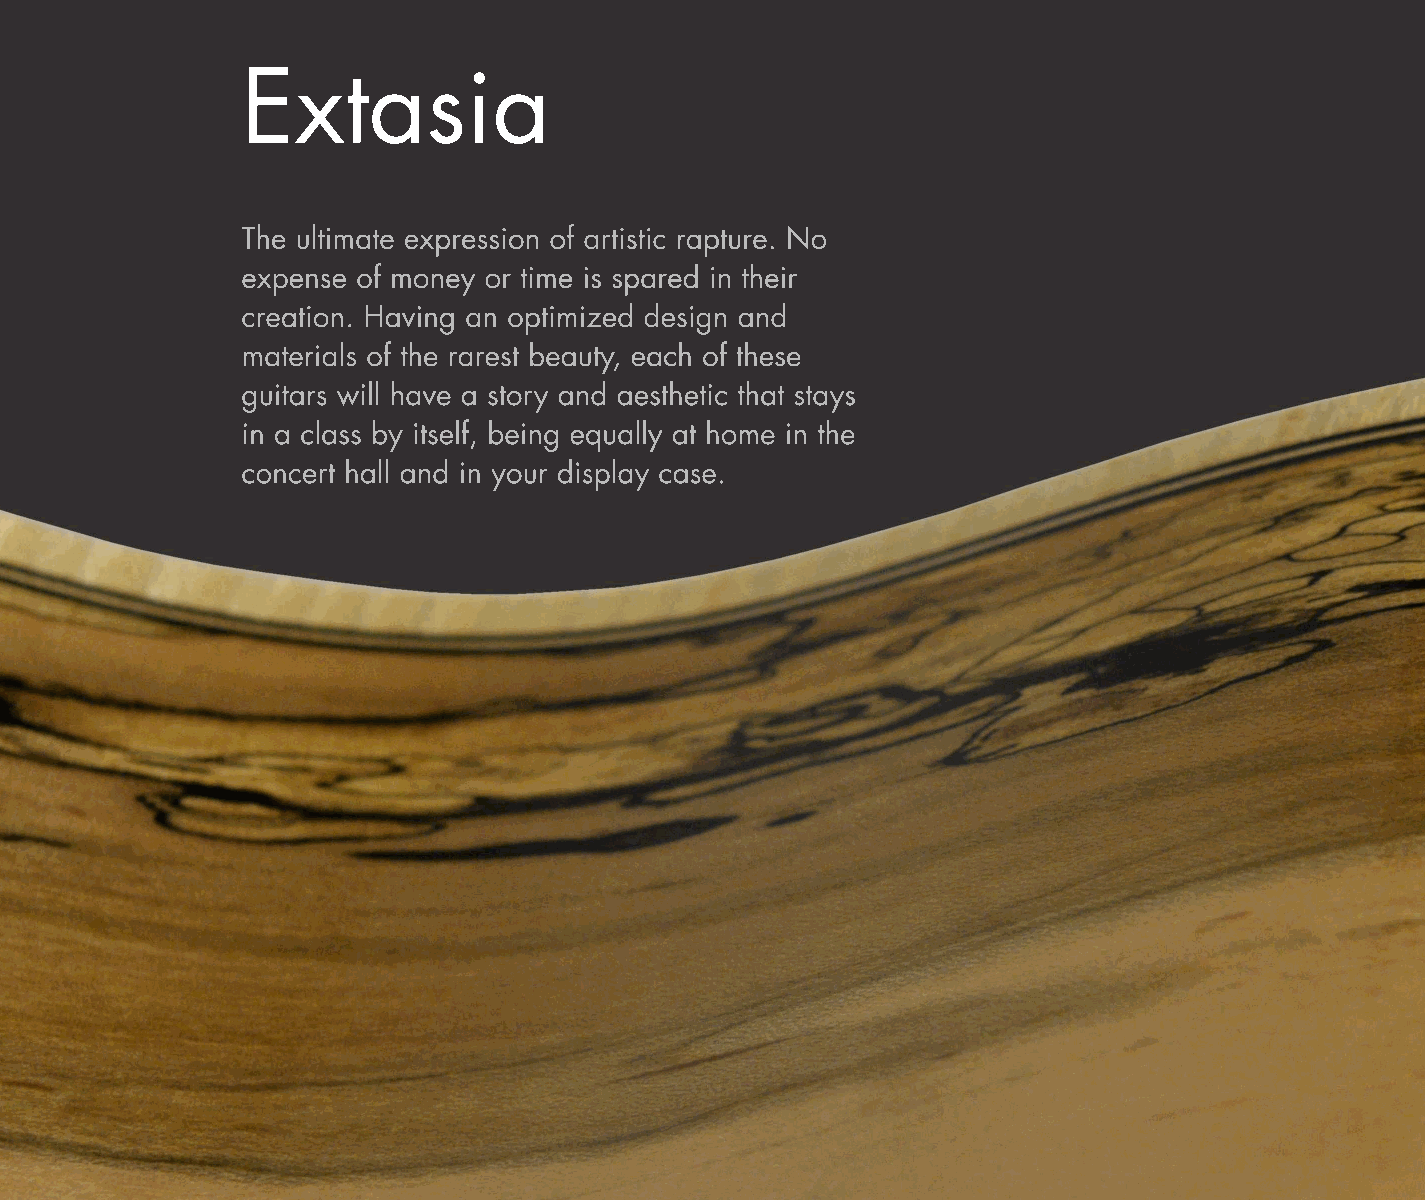
Extasia
 The ultimate expression of artistic rapture. No
 expense of money or time is spared in their
 creation. Having an optimized design and
 materials of the rarest beauty, each of these
 guitars will have a story and aesthetic that stays
 in a class by itself, being equally at home in the
 concert hall and in your display case.